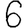
Digit: 6